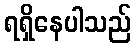
ရရှိနေပါသည်